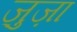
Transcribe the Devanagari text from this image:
ज़ुज़ा